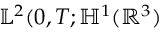
\mathbb { L } ^ { 2 } ( 0 , T ; \mathbb { H } ^ { 1 } ( \mathbb { R } ^ { 3 } )